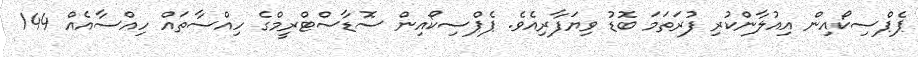
ޕެޕްސިކޯއިން އިއުލާންކުރި ފުރަތަމަ ބޮޑު ވިޔަފާރިއެވެ. ޕެޕްސިކޯއިން ސޮޑާސްޓްރީމްގެ ހިއްސާތައް ހިއްސާއެއް 144